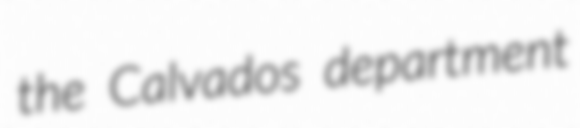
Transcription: the Calvados department